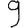
Digit: 9